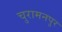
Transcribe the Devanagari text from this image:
चुरामनपुर